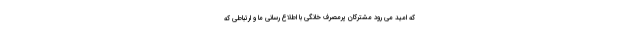
که امید می رود مشترکان پرمصرف خانگی با اطلاع رسانی ما و ارتباطی که